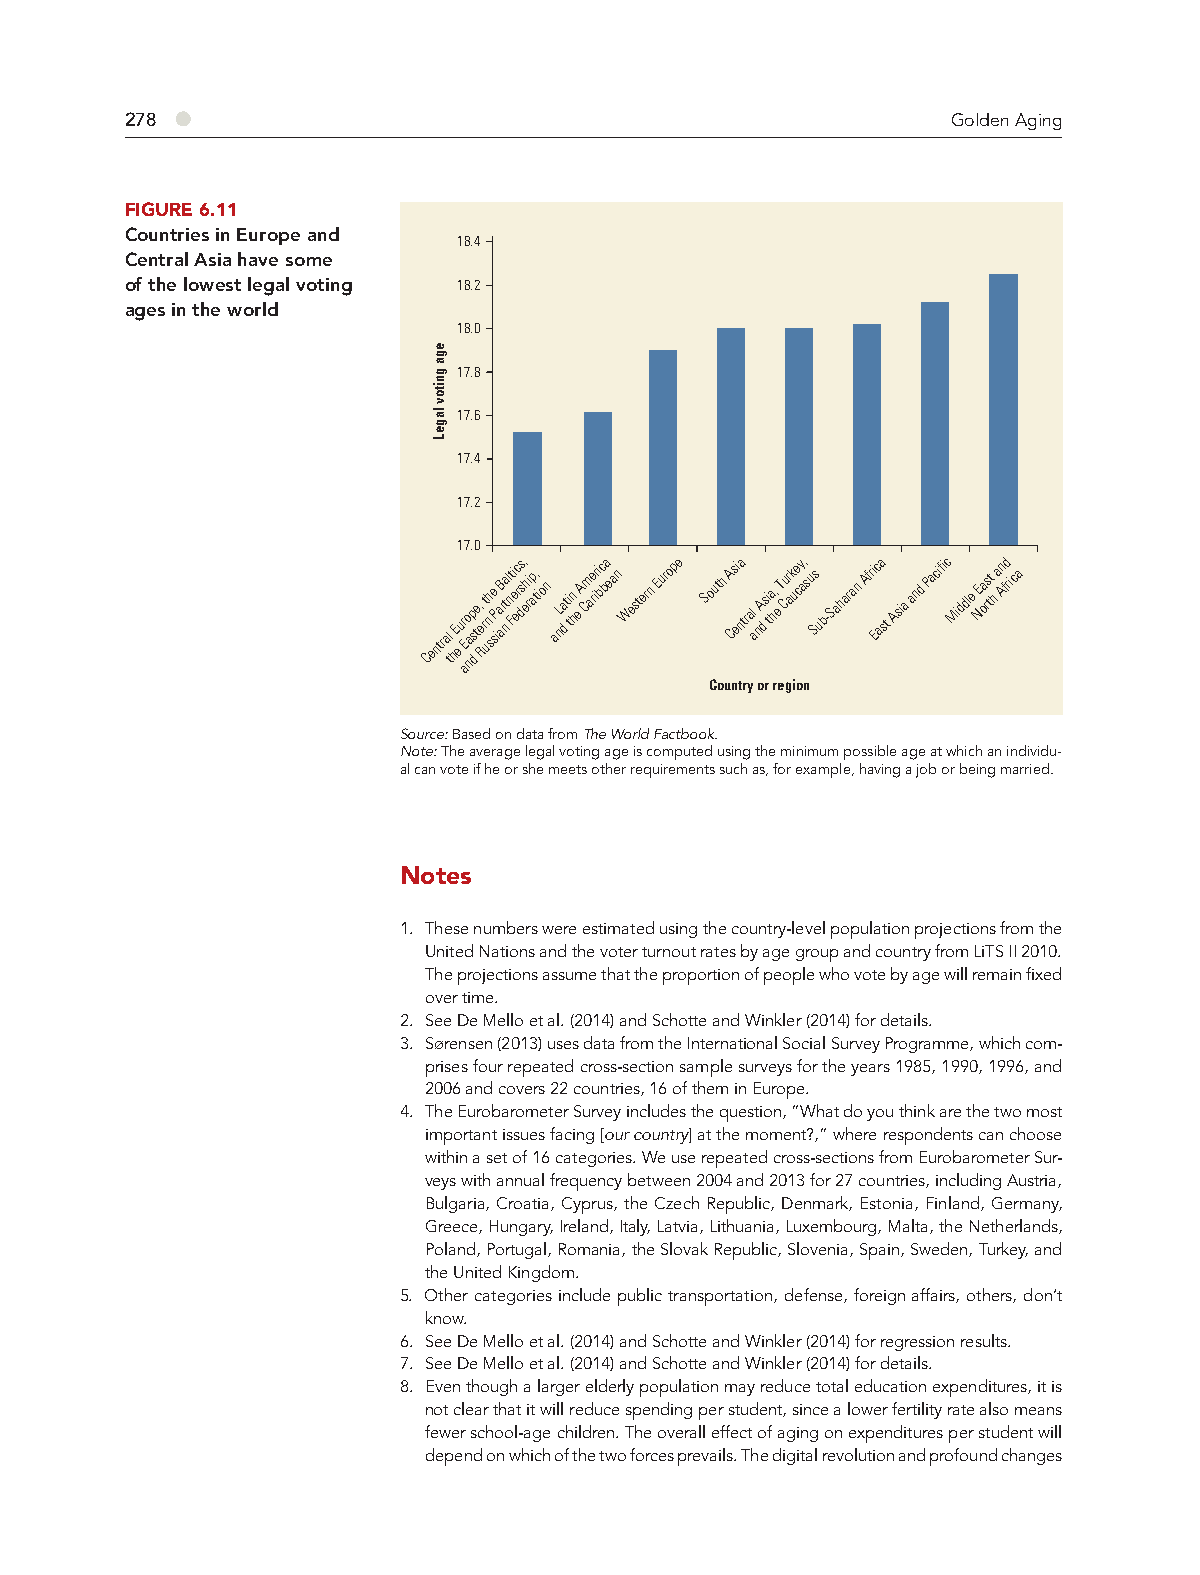
278 ●                                                  Golden Aging
 FIGURE 6.11
 Countries in Europe and
 18.4
 Central Asia have some
 of the lowest legal voting 18.2
 ages in the world
 18.0
 17.8
 17.6
 17.4
 17.2
 17.0
 Centr a tl hE
 e
 ur aEo nap s
 d
 te, e
 R
 rt unh s e sP ia aB r nta l nt Fi e ec r ds s, eh ri ap, tion aL na d ti tn h e A Cm ae riri bc ba ean Western Europe South A Cs ei na tral a nA ds i ta h, e T Cur ak ue cy a, su Ss ub-Saharan Afri Ec aa st Asia and Pacific Middle NE oa rs tt h a An fd rica
 Country or region
 Source: Based on data from The World Factbook.
 Note: The average legal voting age is computed using the minimum possible age at which an individu-
 al can vote if he or she meets other requirements such as, for example, having a job or being married.
 Notes
 1. These numbers were estimated using the country-level population projections from the
 United Nations and the voter turnout rates by age group and country from LiTS II 2010.
 The projections assume that the proportion of people who vote by age will remain fixed
 over time.
 2. See De Mello et al. (2014) and Schotte and Winkler (2014) for details.
 3. Sørensen (2013) uses data from the International Social Survey Programme, which com-
 prises four repeated cross-section sample surveys for the years 1985, 1990, 1996, and
 2006 and covers 22 countries, 16 of them in Europe.
 4. The Eurobarometer Survey includes the question, “What do you think are the two most
 important issues facing [our country] at the moment?,” where respondents can choose
 within a set of 16 categories. We use repeated cross-sections from Eurobarometer Sur-
 veys with annual frequency between 2004 and 2013 for 27 countries, including Austria,
 Bulgaria, Croatia, Cyprus, the Czech Republic, Denmark, Estonia, Finland, Germany,
 Greece, Hungary, Ireland, Italy, Latvia, Lithuania, Luxembourg, Malta, the Netherlands,
 Poland, Portugal, Romania, the Slovak Republic, Slovenia, Spain, Sweden, Turkey, and
 the United Kingdom.
 5. Other categories include public transportation, defense, foreign affairs, others, don’t
 know.
 6. See De Mello et al. (2014) and Schotte and Winkler (2014) for regression results.
 7. See De Mello et al. (2014) and Schotte and Winkler (2014) for details.
 8. Even though a larger elderly population may reduce total education expenditures, it is
 not clear that it will reduce spending per student, since a lower fertility rate also means
 fewer school-age children. The overall effect of aging on expenditures per student will
 depend on which of the two forces prevails. The digital revolution and profound changes
 ega
 gnitov
 lageL